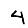
Digit: 4